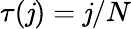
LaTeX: \tau(\mathit{j})=\mathit{j}/N